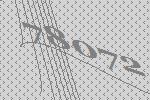
78072